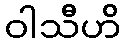
ဝါသီဟိ